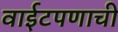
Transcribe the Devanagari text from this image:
वाईटपणाची